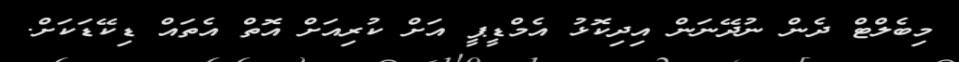
މިބެލްޓް ދެން ނުދޭނަން އިދިކޮޅު އެމްޑީޕީ އަށް ކުރިއަށް އޮތް އެތައް ޑިކޭޑަކަށް.